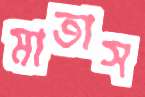
মাতাস